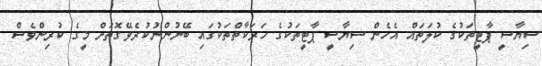
ސިޔާސީ ޕާޓީތަކުގެ ކުލަތައް އެހެން ސިޔާސީ ޕާޓީތަކުގެ ހަރަކާތްތަކުގައި ބޭނުންނުކުރެވޭގޮތަށް މީގެ ކުރިންވެސް